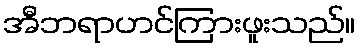
အီဘရာဟင်ကြားဖူးသည်။